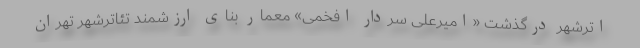
اترشهر درگذشت «امیرعلی سردار افخمی» معمار بنای ارزشمند تئاترشهر تهران